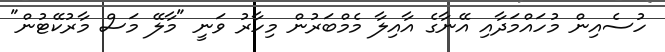
ހުސެއިން މުހައްމަދާއި އޭނާގެ އާއިލާ މެމްބަރުން މިހާރު ވަނީ "މާލޭ މަސް މާރުކޭޓުން"